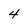
Character: 4